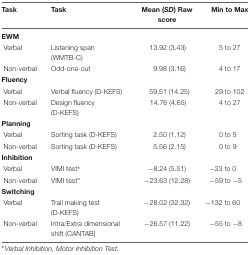
<table><thead><tr><td><b>Task</b></td><td><b>Task</b></td><td><b>Mean (<i>SD</i>) Raw score</b></td><td><b>Min to Max</b></td></tr></thead><tbody><tr><td><b>EWM</b></td><td></td><td></td><td></td></tr><tr><td>Verbal</td><td>Listening span (WMTB-C)</td><td>13.92 (3.43)</td><td>5 to 27</td></tr><tr><td>Non-verbal</td><td>Odd-one-out</td><td>9.98 (3.16)</td><td>4 to 17</td></tr><tr><td><b>Fluency</b></td><td></td><td></td><td></td></tr><tr><td>Verbal</td><td>Verbal fluency (D-KEFS)</td><td>59.51 (14.25)</td><td>29 to 102</td></tr><tr><td>Non-verbal</td><td>Design fluency (D-KEFS)</td><td>14.76 (4.65)</td><td>4 to 27</td></tr><tr><td><b>Planning</b></td><td></td><td></td><td></td></tr><tr><td>Verbal</td><td>Sorting task (D-KEFS)</td><td>2.50 (1.12)</td><td>0 to 5</td></tr><tr><td>Non-verbal</td><td>Sorting task (D-KEFS)</td><td>5.56 (2.15)</td><td>0 to 9</td></tr><tr><td><b>Inhibition</b></td><td></td><td></td><td></td></tr><tr><td>Verbal</td><td>VIMI test<sup>∗</sup></td><td>-8.24 (5.51)</td><td>-23 to 0</td></tr><tr><td>Non-verbal</td><td>VIMI test<sup>∗</sup></td><td>-23.63 (12.28)</td><td>-59 to -5</td></tr><tr><td><b>Switching</b></td><td></td><td></td><td></td></tr><tr><td>Verbal</td><td>Trail making test (D-KEFS)</td><td>-28.02 (32.32)</td><td>-132 to 60</td></tr><tr><td>Non-verbal</td><td>Intra/Extra dimensional shift (CANTAB)</td><td>-26.57 (11.22)</td><td>-55 to -8</td></tr></tbody></table>